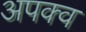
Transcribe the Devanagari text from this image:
अपक्‍व